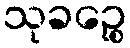
သုခဉ္စေ